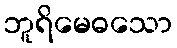
ဘူရိမေဓသော